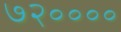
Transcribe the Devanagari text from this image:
७२००००